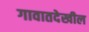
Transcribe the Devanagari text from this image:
गावातदेखील